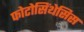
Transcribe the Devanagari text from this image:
फोटोसिंथेसिस